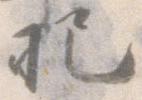
把